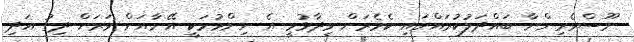
ނޫސްވެރިންނާ ބައްދަލުކުރައްވައި ކެމެރަން ވިދާޅުވީ އެ ނިންމުމަކީ އޭނާއަށް ވަރަށް ދިގު އަދި